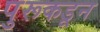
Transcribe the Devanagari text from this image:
पुरूकडून